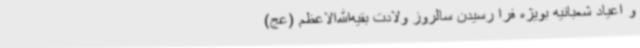
و اعیاد شعبانیه بویژه فرا رسیدن سالروز ولادت بقیه‌الله‌الاعظم (عج)